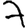
Digit: 7